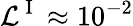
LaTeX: \mathcal{L}^{\mathrm{~I~}}\approx 10^{-2}